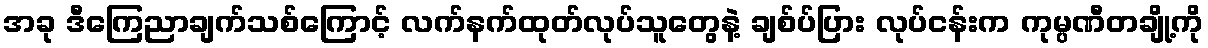
အခု ဒီကြေညာချက်သစ်ကြောင့် လက်နက်ထုတ်လုပ်သူတွေနဲ့ ချစ်ပ်ပြား လုပ်ငန်းက ကုမ္ပဏီတချို့ကို